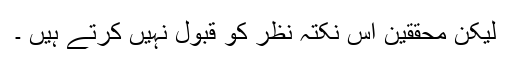
لیکن محققین اس نکتہ نظر کو قبول نہیں کرتے ہیں ۔